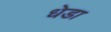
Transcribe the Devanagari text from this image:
धेडा